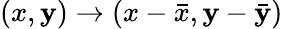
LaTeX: (x,\mathbf{y})\to(x-{\bar{{x}}},\mathbf{y}-{\bar{{\mathbf{y}}}})